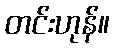
တင်းဟုန်။